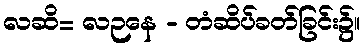
လဆိ= လဉနေ - တံဆိပ်ခတ်ခြင်း၌။